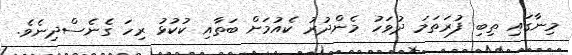
މިނާގައި ތިބި ފުރަތަމަ ދުވަހު މެންދުރު ކެއުމަށް ބަތާއި ކުކުޅު ރިހަ ގެނެސްދިނެވެ.